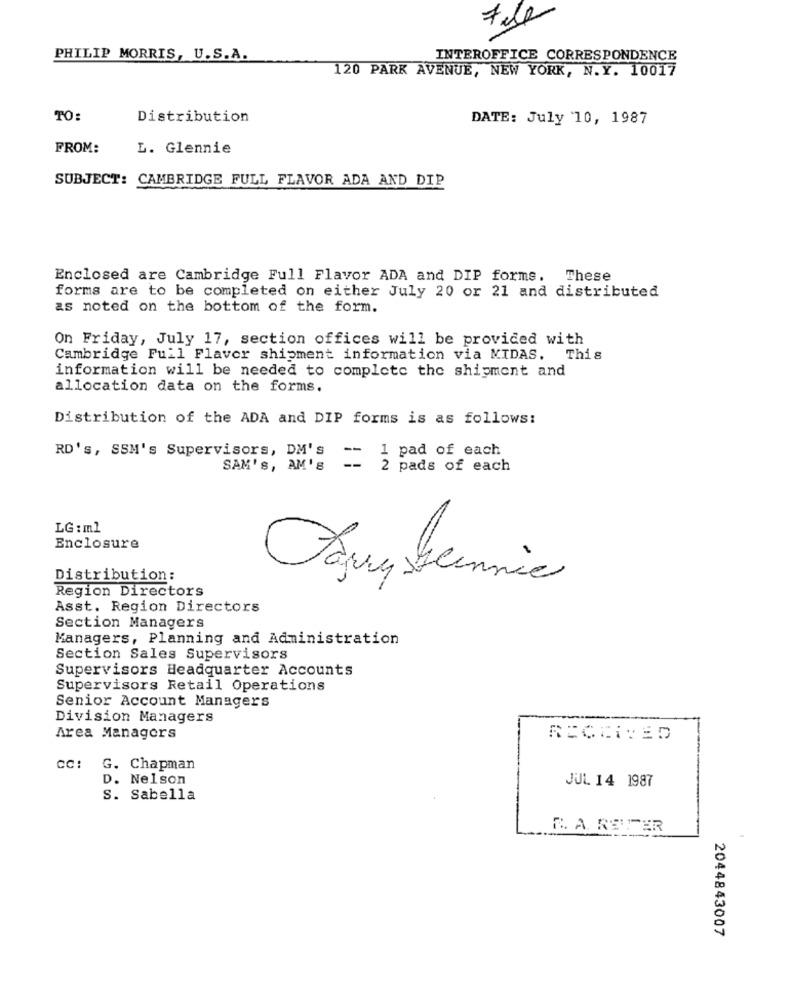
PHILIP MORRIS, U.S.A.
INTEROFFICE CORRESPONDENCE
120 PARK AVENUE, NEW YORK, N.Y. 10017
TO:
Distribution
DATE: July 10, 1987
FROM:
L. Glennie
SUBJECT: CAMBRIDGE FULL FLAVOR ADA AND DIP
Enclosed are Cambridge Full Flavor ADA and DIP forms. These
forms are to be completed on either July 20 or 21 and distributed
as noted on the bottom of the form.
On Friday, July 17, section offices will be provided with
Cambridge Fuil Flavor shipment information via MIDAS. This
information will be needed to complete the shipment and
allocation data on the forms.
Distribution of the ADA and DIP forms is as follows:
RD's, SSM's Supervisors, DM's
-- 1 pad of each
SAM'S, AM'S
2 pads of each
LG : ml
Enclosure
Distribution:
Region Directors
Asst. Region Directors
Section Managers
Managers, Planning and Administration
Section Sales Supervisors
Supervisors Headquarter Accounts
Supervisors Retail Operations
Senior Account Managers
Division Managers
Area Managers
RECEIVED
CC:
G. Chapman
D. Nelson
JUL 14 1987
S. Sabella
R. A. RETTER
2044843007